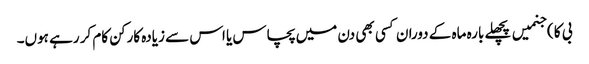
بی کا ) جنمیں پچھلے بارہ ماہ کے دوران کسی بھی دن میں پچاس یا اس سے زیادہ کارکن کام کر رہے ہوں۔